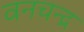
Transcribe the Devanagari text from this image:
वनचन्द्र